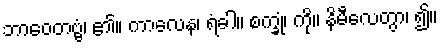
ဘာဝေတဗ္ဗံ၊ ၏။ ကာလေန၊ ရံခါ။ စက္ခုံ၊ ကို။ နိမီလေတွာ၊ ၍။